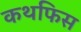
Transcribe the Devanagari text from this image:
कथफिस